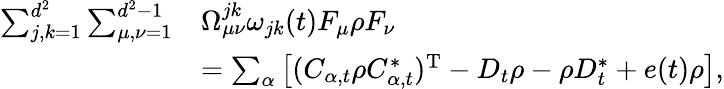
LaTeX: \begin{array}{rl}{\sum_{j,k=1}^{d^{2}}\sum_{\mu,\nu=1}^{d^{2}-1}}&{\Omega_{\mu\nu}^{jk}\omega_{jk}(t)F_{\mu}\rho F_{\nu}}\\ &{=\sum_{\alpha}\left[(C_{\alpha,t}\rho C_{\alpha,t}^{*})^{\mathrm{T}}-D_{t}\rho-\rho D_{t}^{*}+e(t)\rho\right],}\end{array}